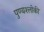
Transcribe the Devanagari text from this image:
पुण्‍यश्‍लोकी